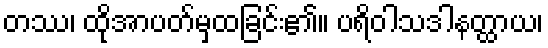
တဿ၊ ထိုအာပတ်မှထခြင်း၏။ ပရိဝါသဒါနတ္ထာယ၊